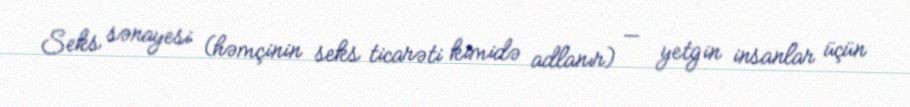
Seks sənayesi (həmçinin seks ticarəti kimidə adlanır) — yetgin insanlar üçün